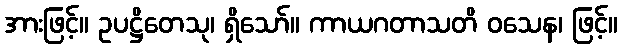
အားဖြင့်။ ဥပဋ္ဌိတေသု၊ ရှိသော်။ ကာယဂတာသတိ ဝသေန၊ ဖြင့်။